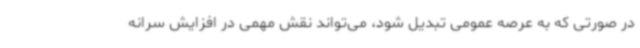
در صورتی که به عرصه عمومی تبدیل شود، می‌تواند نقش مهمی در افزایش سرانه